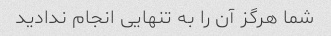
شما هرگز آن را به تنهایی انجام ندادید